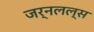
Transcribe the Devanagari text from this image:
जर्नलल्स